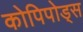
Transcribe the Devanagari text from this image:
कोपिपोड्स